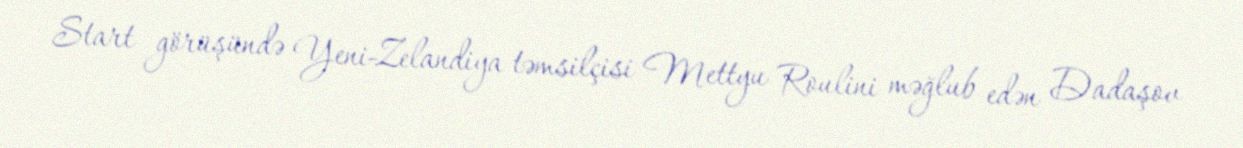
Start görüşündə Yeni-Zelandiya təmsilçisi Mettyu Roulini məğlub edən Dadaşov